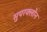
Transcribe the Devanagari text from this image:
सुपरक्लोन